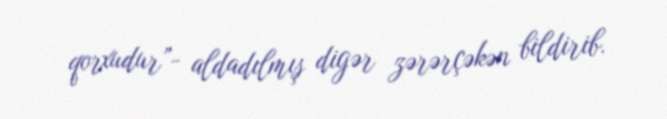
qorxudur”- aldadılmış digər zərərçəkən bildirib.